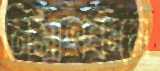
নির্মাণকর্মে